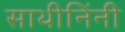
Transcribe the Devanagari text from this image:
साथीनिंनी